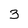
Character: 3